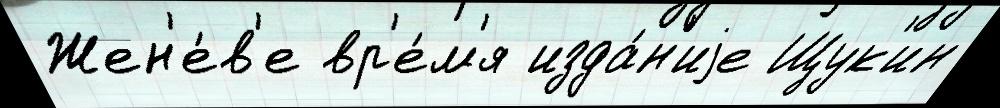
Жен'е́в'е вр'е́м'я изда́н'иjе Щук'ин